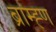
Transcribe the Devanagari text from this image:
ब्राम्ह्ण